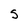
Character: S